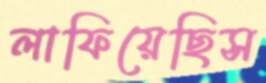
লাফিয়েছিস